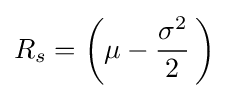
R_{s}=\left(\mu -{\frac {\sigma ^{2}}{2}}\,\right)